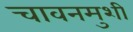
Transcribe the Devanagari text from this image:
चावनमुशी